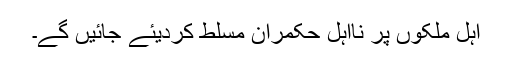
اہل ملکوں پر نااہل حکمران مسلط کردیئے جائیں گے۔